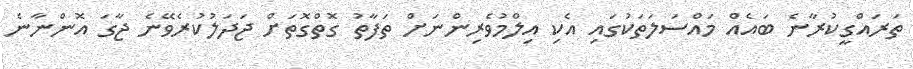
ތަރައްގީކުރާނެ ބައެއް މައްސަލަތަކުގައި އެކި އިލްމުވެރިންނަށް ތަފާތު ގޮތްގޮތަށް ޖަދަލުކުރެވޭނެ ޖާގަ އޮންނާނެ